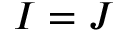
I = J